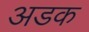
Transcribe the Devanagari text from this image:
अडक